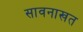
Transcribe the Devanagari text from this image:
सावनाखत